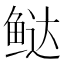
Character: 𬶑